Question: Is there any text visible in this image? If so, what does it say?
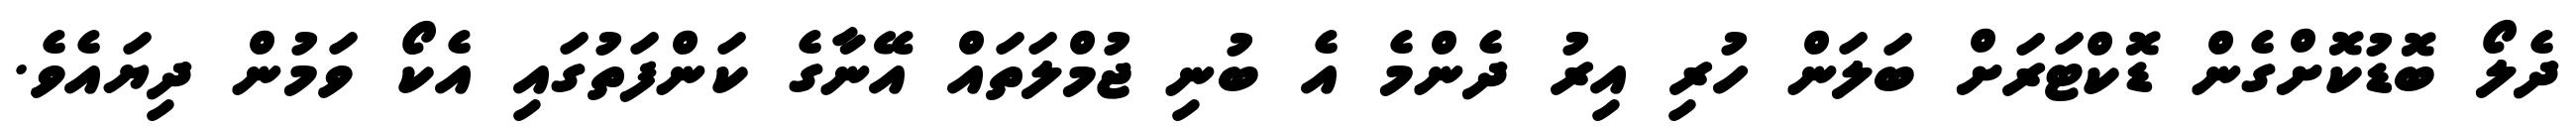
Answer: ދެލޯ ބޮޑުކޮށްގެން ޑޮކްޓަރަށް ބަލަން ހުރި އިރު ދެންމެ އެ ބުނި ޖުމްލަތައް އޭނާގެ ކަންފަތުގައި އެކޯ ވަމުން ދިޔައެވެ.